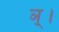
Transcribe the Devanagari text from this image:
ञ्।